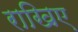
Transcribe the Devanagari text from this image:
राखिए